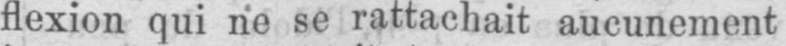
flexion qui ne se rattachait aucunement